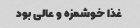
غذا خوشمزه و عالی بود